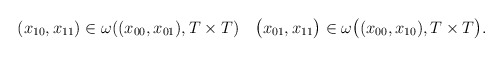
\begin{align*}\begin{gathered}(x_{10},x_{11}) \in \omega((x_{00},x_{01}),T \times T)\quad\bigl(x_{01},x_{11}\bigr) \in \omega\bigl((x_{00},x_{10}),T \times T\bigr).\end{gathered}\end{align*}